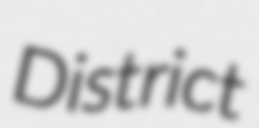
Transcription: District